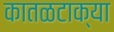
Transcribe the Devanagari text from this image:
कातळटाक्या